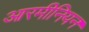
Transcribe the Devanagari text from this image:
आरमीनियन